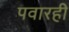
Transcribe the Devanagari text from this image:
पवारही